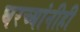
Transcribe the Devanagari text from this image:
घरच्यांनीही